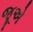
જૂએ